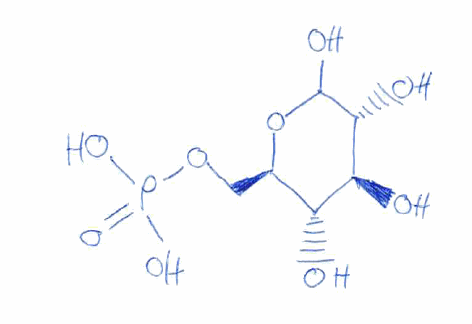
Simplified molecular-input line-entry system (SMILES) notation of the given molecule:
C([C@@H]1[C@H]([C@@H]([C@H](C(O1)O)O)O)O)OP(=O)(O)O